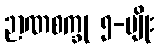
ဉာဏစက္ခု ၅-မျိုး